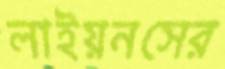
লাইয়নসের